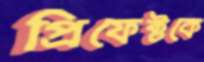
প্রিফেক্টকে